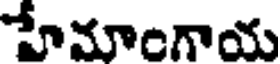
హేమాంగాయ